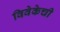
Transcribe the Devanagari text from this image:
विवेकेची